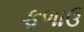
ફળાઉ